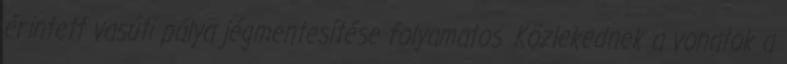
érintett vasúti pálya jégmentesítése folyamatos. Közlekednek a vonatok a